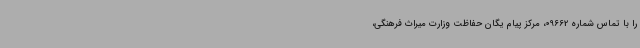
را با تماس شماره 09662، مرکز پیام یگان حفاظت وزارت میراث فرهنگی،